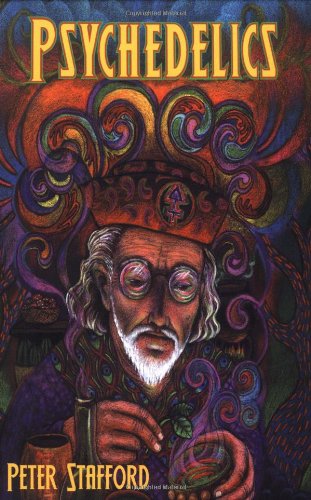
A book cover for Psychedelics; Peter Stafford; Medical Books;